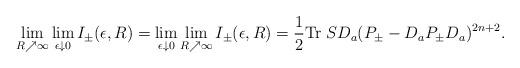
LaTeX: \begin{align*}\lim_{R\nearrow\infty}\lim_{\epsilon\downarrow 0}I_\pm(\epsilon,R)=\lim_{\epsilon\downarrow 0}\lim_{R\nearrow\infty}I_\pm(\epsilon,R)=\frac{1}{2}{\rm Tr}\; SD_a(P_\pm -D_aP_\pm D_a)^{2n+2}.\end{align*}